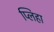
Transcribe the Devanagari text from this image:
प्लिहा